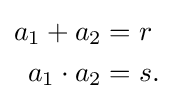
{\begin{aligned}a_{1}+a_{2}&=r\\a_{1}\cdot a_{2}&=s.\end{aligned}}